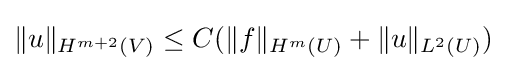
\|u\|_{H^{m+2}(V)}\leq C(\|f\|_{H^{m}(U)}+\|u\|_{L^{2}(U)})